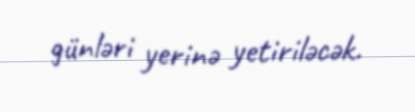
günləri yerinə yetiriləcək.